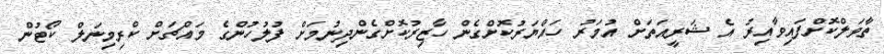
ތާވަލްކޮށްފައިވާއިރު އެ ޝަރީއަތަށް އުމަރު ހައްޔަރުކޮށްގެން ހާޒިރުކޮށްގެންދިނުމަށް ފުލުހުންގެ މައްޗަށް ކްރިމިނަލް ކޯޓުން